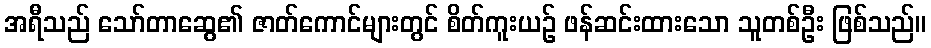
အရီသည် သော်တာဆွေ၏ ဇာတ်ကောင်များတွင် စိတ်ကူးယဉ် ဖန်ဆင်းထားသော သူတစ်ဦး ဖြစ်သည်။